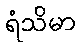
ရံသိမာ